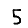
Digit: 5